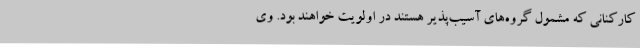
کارکنانی که مشمول گروه‌های آسیب‌پذیر هستند در اولویت خواهند بود. وی